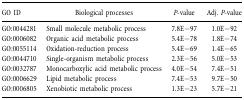
| GO ID | Biological processes | P‐value | Adj. P‐value |
 | --- | --- | --- | --- |
 | GO:0044281 | Small molecule metabolic process | 7.8E−97 | 1.0E−92 |
 | GO:0006082 | Organic acid metabolic process | 5.4E−78 | 1.8E−74 |
 | GO:0055114 | Oxidation‐reduction process | 5.4E−69 | 1.4E−65 |
 | GO:0044710 | Single‐organism metabolic process | 2.3E−56 | 5.0E−53 |
 | GO:0032787 | Monocarboxylic acid metabolic process | 4.0E−54 | 7.4E−51 |
 | GO:0006629 | Lipid metabolic process | 7.4E−53 | 9.7E−50 |
 | GO:0006805 | Xenobiotic metabolic process | 1.3E−23 | 5.7E−21 |